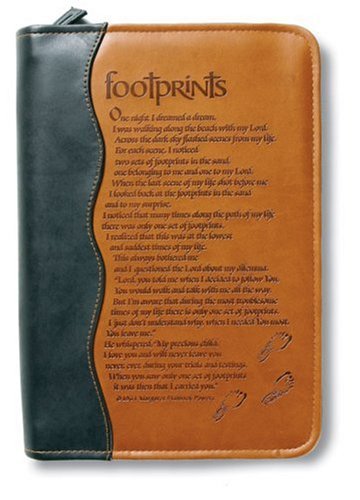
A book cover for Italian Duo-Tone Footprints LG (Bible Cover); Margaret Fishback Powers; Christian Books & Bibles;